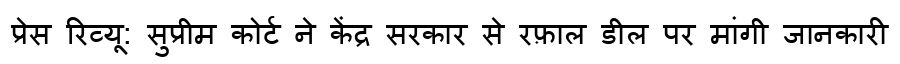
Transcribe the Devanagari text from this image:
प्रेस रिव्यू: सुप्रीम कोर्ट ने केंद्र सरकार से रफ़ाल डील पर मांगी जानकारी